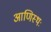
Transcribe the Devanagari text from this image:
आणिस्थः